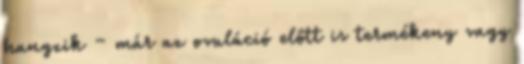
hangzik – már az ovuláció előtt is termékeny vagy